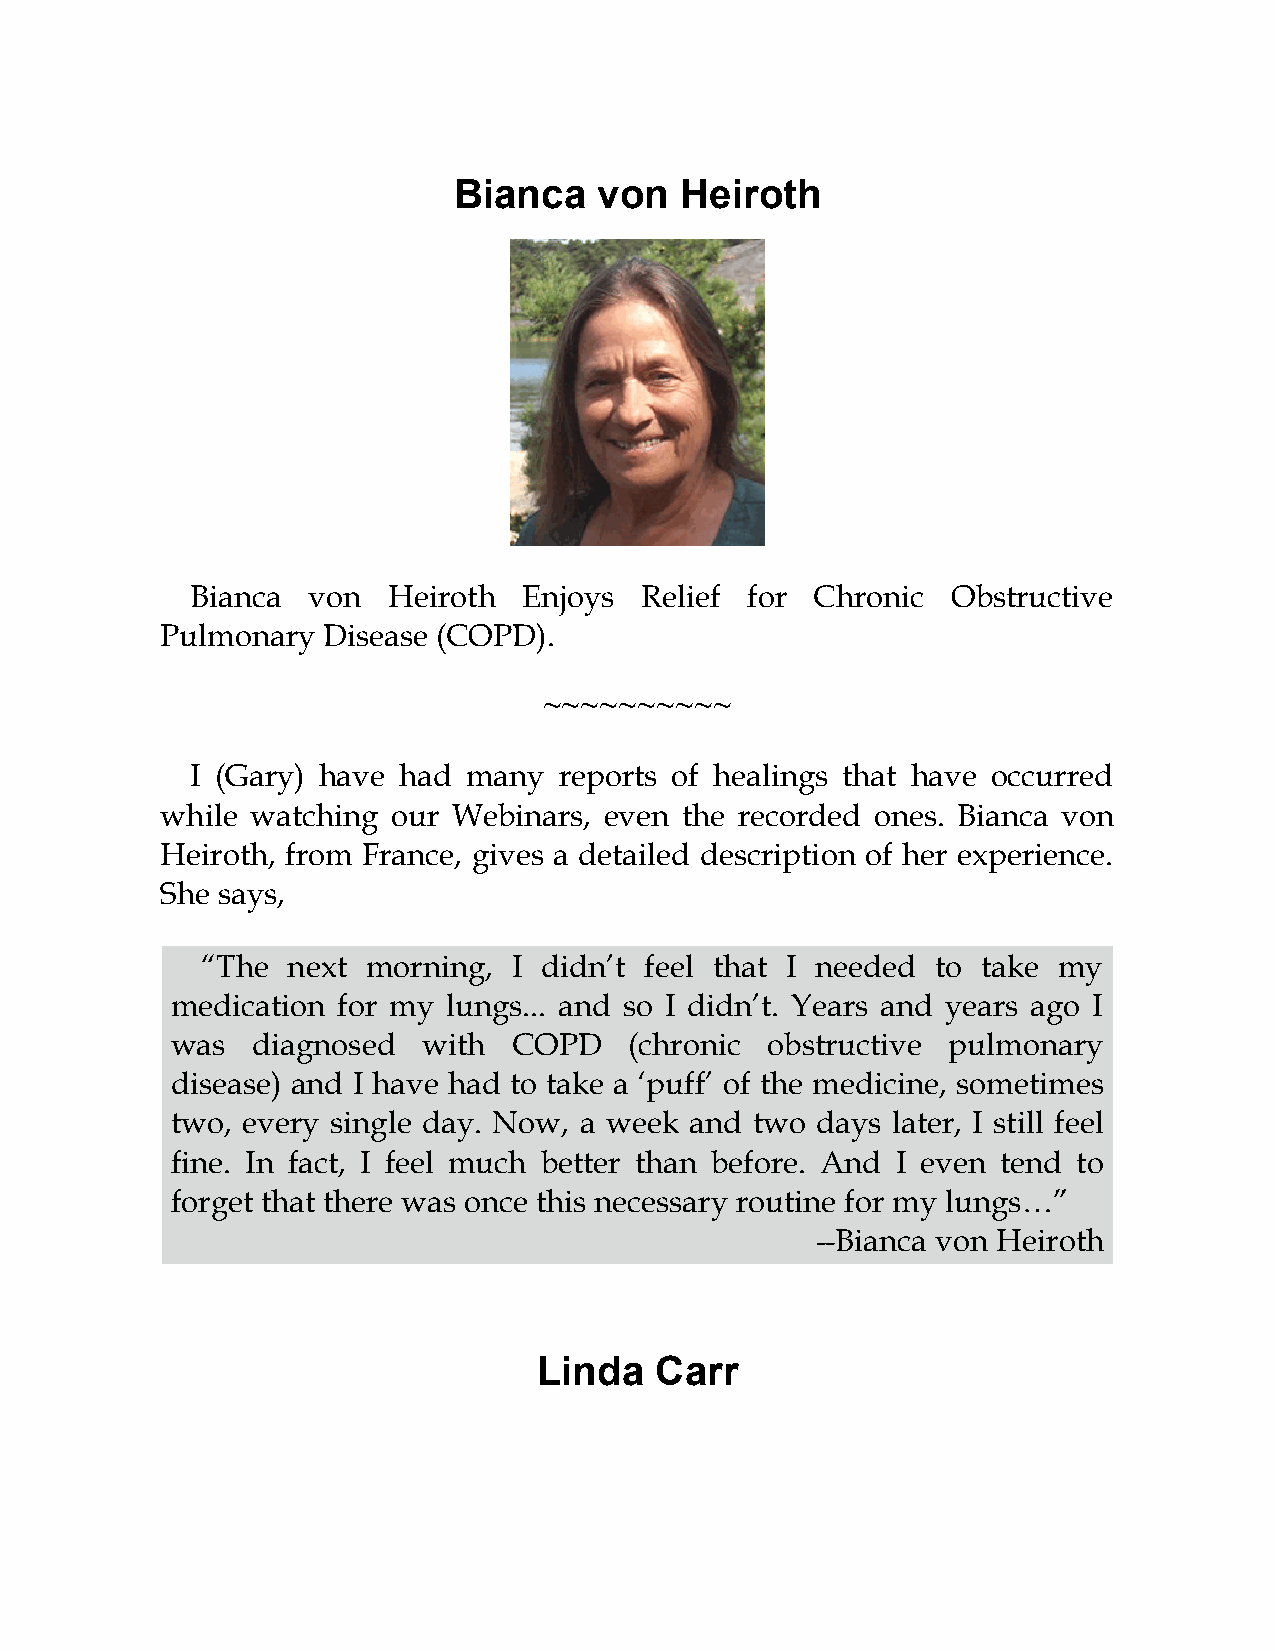
Bianca    von  Heiroth
 Bianca von   Heiroth  Enjoys Relief for  Chronic  Obstructive
 Pulmonary Disease (COPD).
 ~~~~~~~~~~
 I (Gary) have had many  reports of healings that have occurred
 while watching our Webinars, even the recorded ones. Bianca von
 Heiroth, from France, gives a detailed description of her experience.
 She says,
 “The  next morning,  I didn’t feel that I needed to take my
 medication for my  lungs... and so I didn’t. Years and years ago I
 was   diagnosed  with  COPD    (chronic obstructive pulmonary
 disease) and I have had to take a ‘puff’ of the medicine, sometimes
 two, every single day. Now, a week and two days later, I still feel
 fine. In fact, I feel much better than before. And I even tend to
 forget that there was once this necessary routine for my lungs…”
 --Bianca von Heiroth
 Linda  Carr